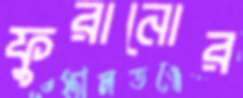
ফুরানোর